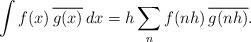
LaTeX: \begin{align*}\int f(x) \,\overline{g(x)} \, dx= h\sum_n f(nh) \,\overline{g(nh)}.\end{align*}